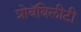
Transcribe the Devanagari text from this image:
प्रोबॅबिलीटी